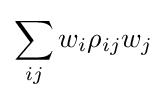
\sum _{ij}w_{i}\rho _{ij}w_{j}